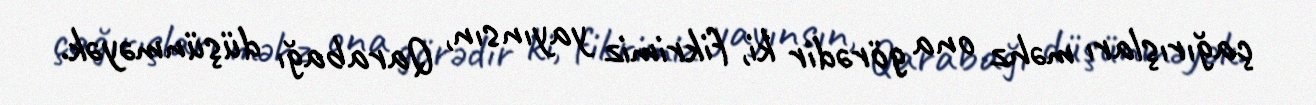
çağırışları məhz ona görədir ki, fikrimiz yayınsın, Qarabağı düşünməyək.